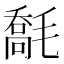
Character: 𣯹